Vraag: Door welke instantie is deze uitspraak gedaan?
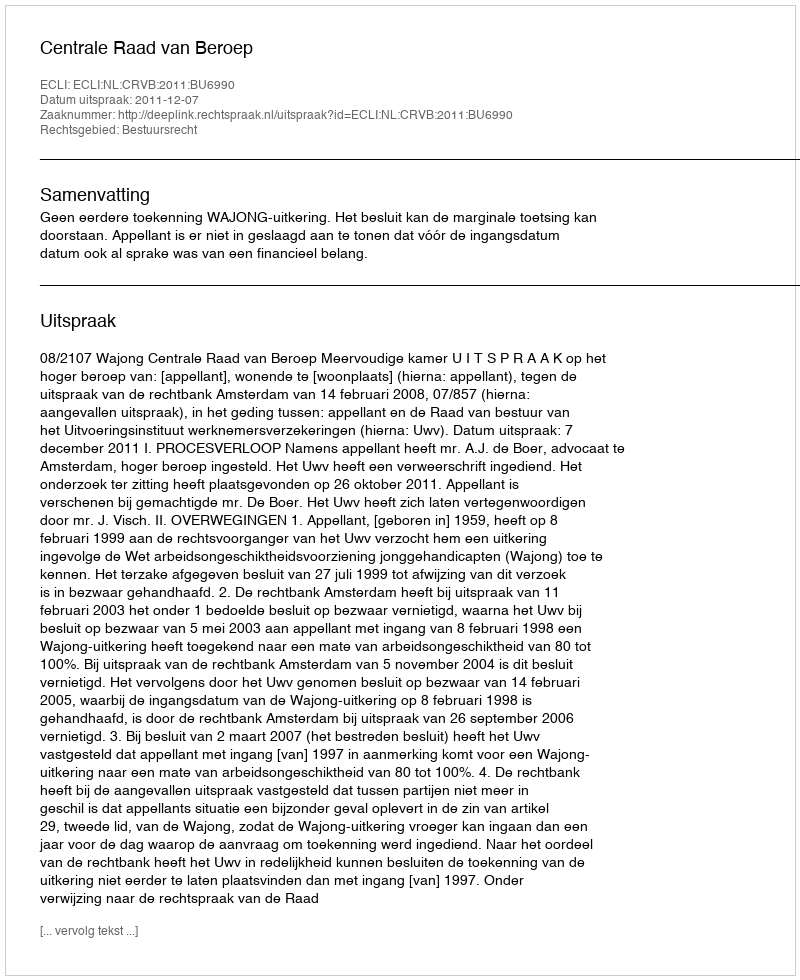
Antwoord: Centrale Raad van Beroep